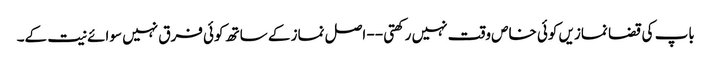
باپ کی قضا نمازیں کوئی خاص وقت نہیں رکھتی -- اصل نماز کے ساتھ کوئی فرق نہیں سوائے نیت کے۔